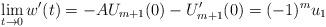
LaTeX: \begin{align*}\lim_{t\to 0}w'(t)=-AU_{m+1}(0)-U_{m+1}'(0)=(-1)^mu_1\end{align*}